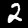
Digit: 2